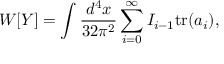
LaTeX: W [ Y ] = \int \frac { d ^ { 4 } x } { 3 2 \pi ^ { 2 } } \sum _ { i = 0 } ^ { \infty } I _ { i - 1 } \mathrm { t r } ( a _ { i } ) ,